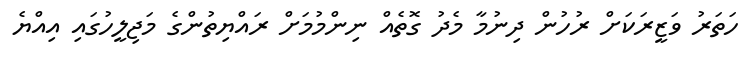
ހަތަރު ވަޒީރަކަށް ރުހުން ދިނުމާ މެދު ގޮތެއް ނިންމުމަށް ރައްޔިތުންގެ މަޖިލީހުގައި އިއްޔެ